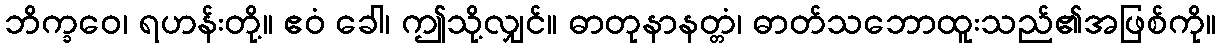
ဘိက္ခဝေ၊ ရဟန်းတို့။ ဧဝံ ခေါ၊ ဤသို့လျှင်။ ဓာတုနာနတ္တံ၊ ဓာတ်သဘောထူးသည်၏အဖြစ်ကို။